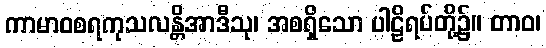
ကာမာဝစရကုသလန္တိအာဒီသု၊ အစရှိသော ပါဠိရပ်တို့၌။ တာဝ၊